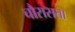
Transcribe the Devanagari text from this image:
चौरासता